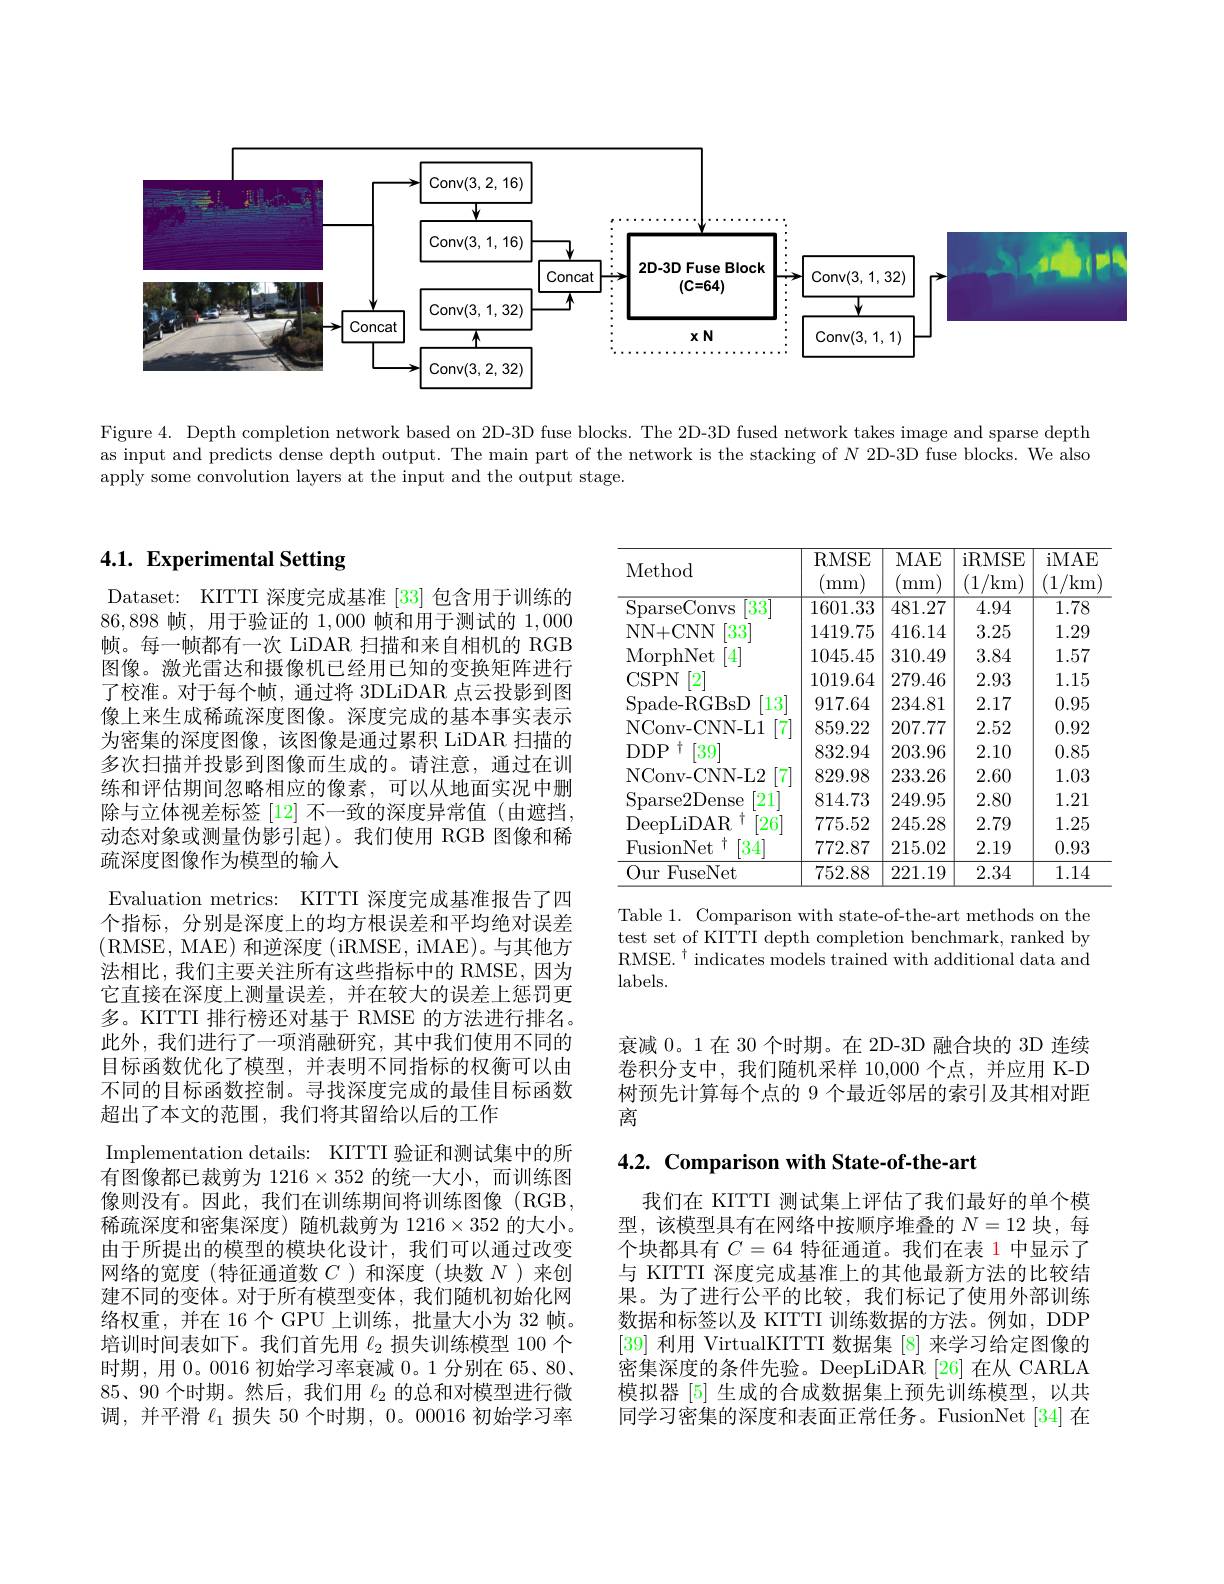
<FigureHere>

Figure 4. Depth completion network based on 2D-3D fuse blocks. The 2D-3D fused network takes image and sparse depth as input and predicts dense depth output. The main part of the network is the stacking of $N$ 2D-3D fuse blocks. We also apply some convolution layers at the input and the output stage.

# 4.1. Experimental Setting

Dataset: KITTI 深度完成基准|33|包含用于训练的86,898帧，用于验证的1，000帧和用于测试的1，000帧。每一帧都有一次 LiDAR 扫描和来自相机的 RGB 图像。激光雷达和摄像机已经用已知的变换矩阵进行了校准。对于每个帧，通过将 3DLiDAR 点云投影到图像上来生成稀疏深度图像。深度完成的基本事实表示为密集的深度图像，该图像是通过累积 LiDAR 扫描的多次扫描并投影到图像而生成的。请注意，通过在训练和评估期间忽略相应的像素，可以从地面实况中删除与立体视差标签 [12] 不一致的深度异常值 (由遮挡， 动态对象或测量伪影引起)。我们使用 RGB 图像和稀疏深度图像作为模型的输入
Evaluation metrics: KITTI 深度完成基准报告了四个指标，分别是深度上的均方根误差和平均绝对误差(RMSE, MAE)和逆深度(iRMSE, iMAE)。与其他方法相比，我们主要关注所有这些指标中的 RMSE,因为它直接在深度上测量误差，并在较大的误差上惩罚更多。KITTI 排行榜还对基于 RMSE 的方法进行排名。此外，我们进行了一项消融研究，其中我们使用不同的目标函数优化了模型，并表明不同指标的权衡可以由不同的目标函数控制。寻找深度完成的最佳目标函数超出了本文的范围，我们将其留给以后的工作
Implementation details: KITTI 验证和测试集中的所有图像都已裁剪为$1216\times352$的统一大小，而训练图像则没有。因此，我们在训练期间将训练图像(RGB, 稀疏深度和密集深度)随机裁剪为 1216×352 的大小。由于所提出的模型的模块化设计，我们可以通过改变网络的宽度(特征通道数$C$ )和深度(块数$N$ )来创建不同的变体。对于所有模型变体，我们随机初始化网络权重，并在 16个 GPU 上训练，批量大小为 32 帧。培训时间表如下。我们首先用$\ell_{2}$损失训练模型 100 个时期，用 0。0016 初始学习率衰减0。1 分别在 65、80、 85、90 个时期。然后，我们用$\ell_{2}$的总和对模型进行微调，并平滑$\ell_1$损失 50 个时期，0。00016 初始学习率

<table>
	<tbody>
		<tr>
			<th>Method</th>
			<th>RMSE mm</th>
			<th>$MAE$ mm</th>
			<th>iRMSE /km 1</th>
			<th>iMAE /km 1</th>
		</tr>
		<tr>
			<td>SparseConvs 33</td>
			<td>1601.33</td>
			<td>481.27</td>
			<td>4.94</td>
			<td>1.78</td>
		</tr>
		<tr>
			<td>NN+CNN $33^{\cdot}$</td>
			<td>1419.75</td>
			<td>416.14</td>
			<td>3.25</td>
			<td>1.29</td>
		</tr>
		<tr>
			<td>MorphNet 4</td>
			<td>1045.45</td>
			<td>310.49</td>
			<td>3.84</td>
			<td>1.57</td>
		</tr>
		<tr>
			<td>CSPN $[2^{\cdot}$</td>
			<td>1019.64</td>
			<td>279.46</td>
			<td>2.93</td>
			<td>1.15</td>
		</tr>
		<tr>
			<td>Spade- RGBsD $[13^{\cdot}$</td>
			<td>917.64</td>
			<td>234.81</td>
			<td>2.17</td>
			<td>0.95</td>
		</tr>
		<tr>
			<td>NConv- CNN- L1</td>
			<td>859.22</td>
			<td>207.77</td>
			<td>2.52</td>
			<td>0.92</td>
		</tr>
		<tr>
			<td>$DDP$ 十 [39]</td>
			<td>832.94</td>
			<td>203.96</td>
			<td>2.10</td>
			<td>0.85</td>
		</tr>
		<tr>
			<td>NConv- CNN- L2 7</td>
			<td>829.98</td>
			<td>233.26</td>
			<td>2.60</td>
			<td>1.03</td>
		</tr>
		<tr>
			<td>Sparse2Dense 21</td>
			<td>814.73</td>
			<td>249.95</td>
			<td>2.80</td>
			<td>1.21</td>
		</tr>
		<tr>
			<td>DeepLiDAR $\dagger$ $[26^{.}]$</td>
			<td>775.52</td>
			<td>245.28</td>
			<td>2.79</td>
			<td>1.25</td>
		</tr>
		<tr>
			<td>FusionNet T 34</td>
			<td>772.87</td>
			<td>215.02</td>
			<td>2.19</td>
			<td>0.93</td>
		</tr>
		<tr>
			<td>Our FuseNet</td>
			<td>752.88</td>
			<td>221.19</td>
			<td>2.34</td>
			<td>1.14</td>
		</tr>
	</tbody>
</table>

Table 1. Comparison with state-of-the-art methods on the test set of KITTI depth completion benchmark, ranked by RMSE.$^\dagger$ indicates models trained with additional data and $labels.$

衰减 0。1 在 30 个时期。在 2D-3D 融合块的 3D 连续卷积分支中，我们随机采样 10,000 个点，并应用 K-D 树预先计算每个点的 9 个最近邻居的索引及其相对距离

$4. 2. \textbf{Comparison with State- of- the- art}$

我们在 KITTI 测试集上评估了我们最好的单个模型，该模型具有在网络中按顺序堆叠的$N=12$块，每个块都具有$C=64$特征通道。我们在表 1 中显示了与 KITTI 深度完成基准上的其他最新方法的比较结果。为了进行公平的比较，我们标记了使用外部训练数据和标签以及 KITTI 训练数据的方法。例如，DDP [39]利用 VirtualKITTI 数据集 [8] 来学习给定图像的密集深度的条件先验。DeepLiDAR[26]在从 CARLA 模拟器[5] 生成的合成数据集上预先训练模型，以共同学习密集的深度和表面正常任务。FusionNet[34] 在